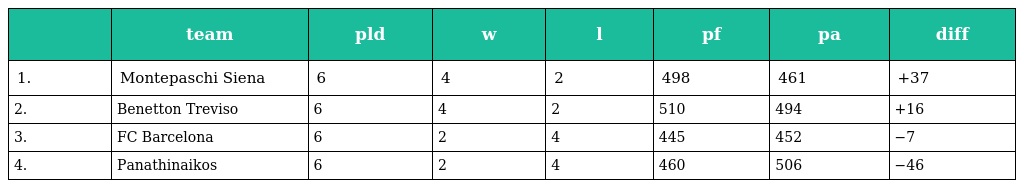
|  | team | pld | w | l | pf | pa | diff |
 | --- | --- | --- | --- | --- | --- | --- | --- |
 | 1. | Montepaschi Siena | 6 | 4 | 2 | 498 | 461 | +37 |
 | 2. | Benetton Treviso | 6 | 4 | 2 | 510 | 494 | +16 |
 | 3. | FC Barcelona | 6 | 2 | 4 | 445 | 452 | −7 |
 | 4. | Panathinaikos | 6 | 2 | 4 | 460 | 506 | −46 |